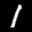
Label: 1